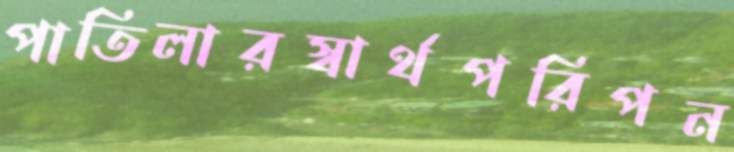
পাতিলারস্বার্থপরিপন